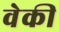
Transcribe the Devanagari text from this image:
वेकी